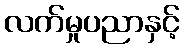
လက်မှုပညာနှင့်